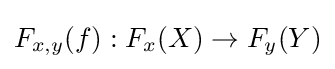
F_{x,y}(f):F_{x}(X)\to F_{y}(Y)